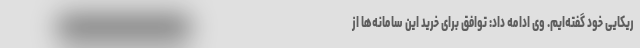
ریکایی خود گفته‌ایم. وی ادامه داد: توافق برای خرید این سامانه‌ها از